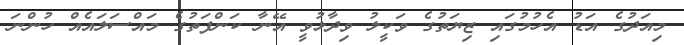
މިއަދުގެ އަޑު އެހުމުގައި ޒިޔަތުގެ ވަކީލު ވިދާޅުވީ އޭނާ ކަންފަތުގެ މައްސަލައެއް ހުންނަ